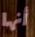
أنها